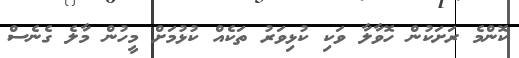
ކޮންމެ ރަށަކުން ހޮވާލާ ވަކި ކުޅިވަރު ތަކެއް ކުޅުމަށް މީހުން މާލެ ގެނެސް